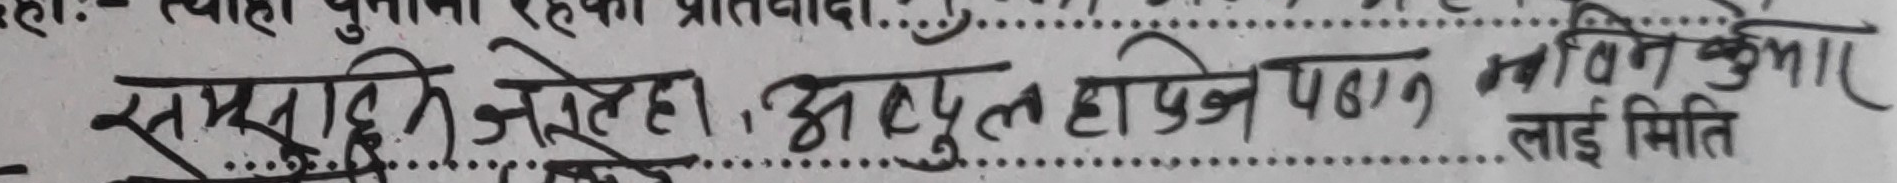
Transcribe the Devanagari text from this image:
समूहले जेहेन । अद्भुत हापेज पसन्न प्रविन कुमार लाई मिति